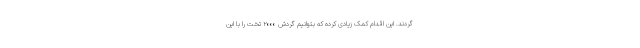
گردند. این اقدام کمک زیادی کرده که بتوانیم گردش ۲۰۰۰ تخت را با این